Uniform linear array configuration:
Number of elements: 48
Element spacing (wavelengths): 1
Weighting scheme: hann
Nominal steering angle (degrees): -15
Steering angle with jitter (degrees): -15.08
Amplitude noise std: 0.05
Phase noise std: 0.05

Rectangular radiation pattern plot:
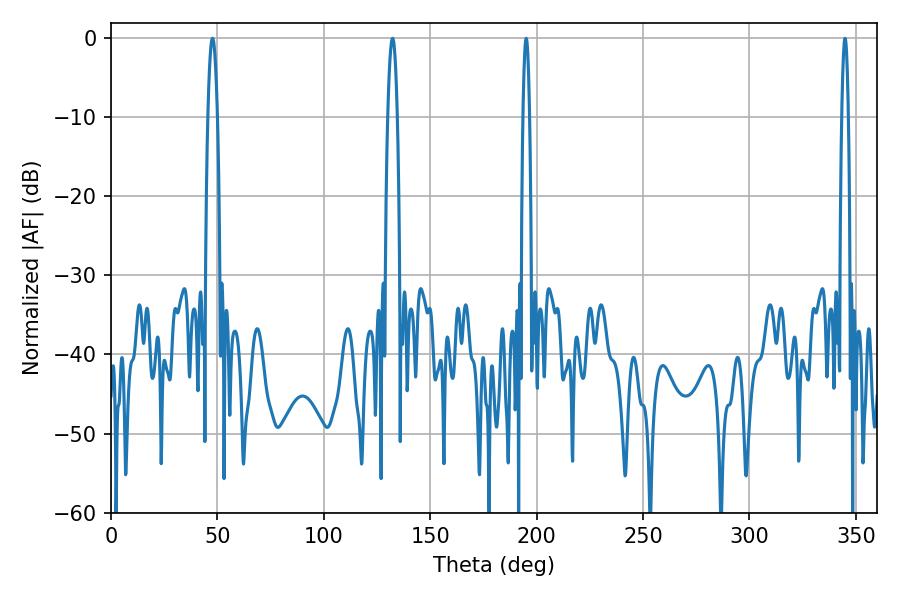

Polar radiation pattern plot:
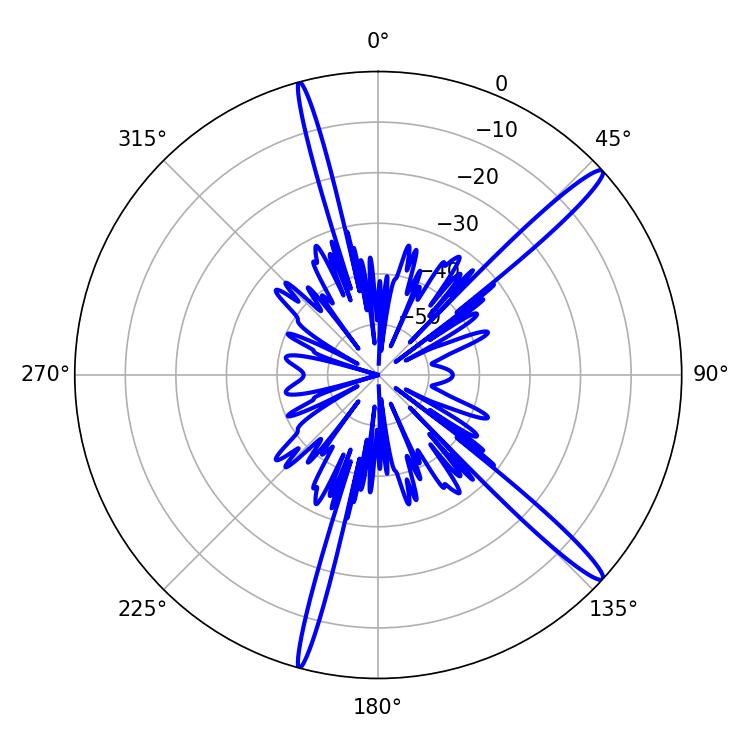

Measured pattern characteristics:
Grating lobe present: TRUE
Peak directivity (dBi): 15.792
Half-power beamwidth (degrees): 2.52
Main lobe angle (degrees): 47.7